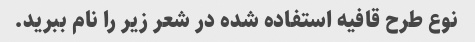
نوع طرح قافیه استفاده شده در شعر زیر را نام ببرید.